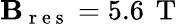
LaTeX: \mathbf{B}_{\mathrm{{~r~e~s~}}}=5.6\, \mathrm{{~T~}}